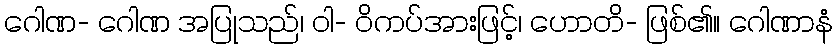
ဂေါဏ- ဂေါဏ အပြုသည်၊ ဝါ- ဝိကပ်အားဖြင့်၊ ဟောတိ- ဖြစ်၏။ ဂေါဏာနံ